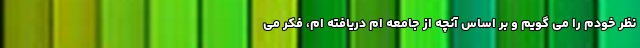
نظر خودم را می گویم و بر اساس آنچه از جامعه ام دریافته ام، فکر می